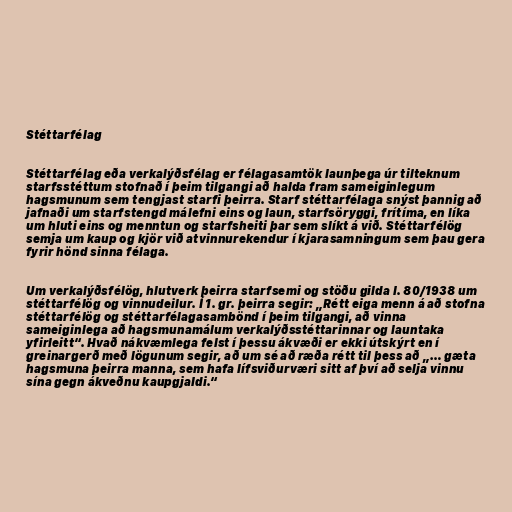
Stéttarfélag

Stéttarfélag eða verkalýðsfélag er félagasamtök launþega úr tilteknum
starfsstéttum stofnað í þeim tilgangi að halda fram sameiginlegum
hagsmunum sem tengjast starfi þeirra. Starf stéttarfélaga snýst þannig að
jafnaði um starfstengd málefni eins og laun, starfsöryggi, frítíma, en líka
um hluti eins og menntun og starfsheiti þar sem slíkt á við. Stéttarfélög
semja um kaup og kjör við atvinnurekendur í kjarasamningum sem þau gera
fyrir hönd sinna félaga.

Um verkalýðsfélög, hlutverk þeirra starfsemi og stöðu gilda l. 80/1938 um
stéttarfélög og vinnudeilur. Í 1. gr. þeirra segir: „Rétt eiga menn á að stofna
stéttarfélög og stéttarfélagasambönd í þeim tilgangi, að vinna
sameiginlega að hagsmunamálum verkalýðsstéttarinnar og launtaka
yfirleitt“. Hvað nákvæmlega felst í þessu ákvæði er ekki útskýrt en í
greinargerð með lögunum segir, að um sé að ræða rétt til þess að „… gæta
hagsmuna þeirra manna, sem hafa lífsviðurværi sitt af því að selja vinnu
sína gegn ákveðnu kaupgjaldi.“